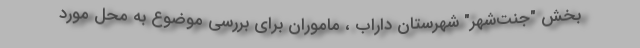
بخش "جنت‌شهر" شهرستان داراب ، ماموران برای بررسی موضوع به محل مورد